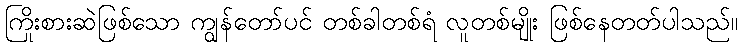
ကြိုးစားဆဲဖြစ်သော ကျွန်တော်ပင် တစ်ခါတစ်ရံ လူတစ်မျိုး ဖြစ်နေတတ်ပါသည်။